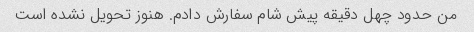
من حدود چهل دقیقه پیش شام سفارش دادم. هنوز تحویل نشده است